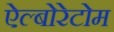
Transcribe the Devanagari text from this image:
ऐल्बोरेटोम